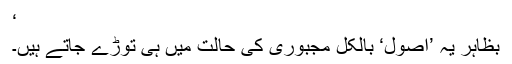
‘
بظاہر یہ ’اصول‘ بالکل مجبوری کی حالت میں ہی توڑے جاتے ہیں۔